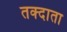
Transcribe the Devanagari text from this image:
तक्दाता